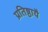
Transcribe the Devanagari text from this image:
प्रतिष्ठायै